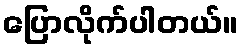
ပြောလိုက်ပါတယ်။